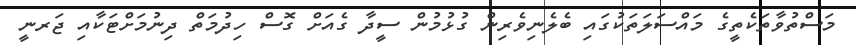
މަސްތުވާތަކެތީގެ މައްސަލަތަކުގައި ބެލެނިވެރިން ގުޅުމުން ސީދާ ގެއަށް ގޮސް ހިދުމަތް ދިނުމަށްޓަކާއި ޖަރނީ